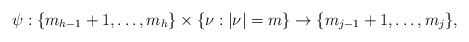
\begin{align*}\psi:\{m_{h-1}+1,\ldots,m_h\} \times \{\nu : |\nu|=m\} \to \{m_{j-1}+1,\ldots,m_j\}, \end{align*}